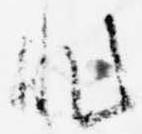
非